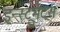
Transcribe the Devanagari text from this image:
इन्स्ट्रुमेंट्‌स